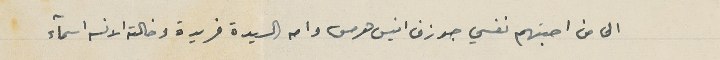
الى من احبتهم نفسي جوزف انيس هرمس وامه السيدة فريدة وخالته الانسه اسمآء